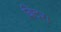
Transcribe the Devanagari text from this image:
बिदर।